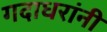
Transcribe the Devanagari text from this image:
गदाधरांनी